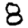
Digit: 8